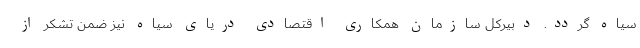
سیاه گردد. دبیرکل سازمان همکاری اقتصادی دریای سیاه نیز ضمن تشکر از